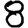
Digit: 8